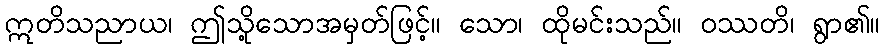
ဣတိသညာယ၊ ဤသို့သောအမှတ်ဖြင့်။ သော၊ ထိုမင်းသည်။ ဝဿတိ၊ ရွာ၏။